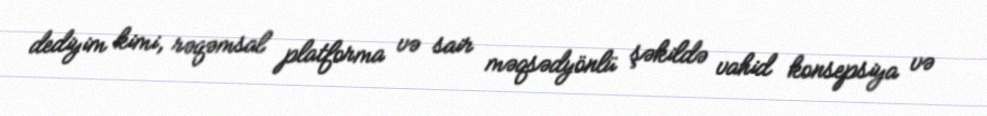
dediyim kimi, rəqəmsal platforma və sair məqsədyönlü şəkildə vahid konsepsiya və